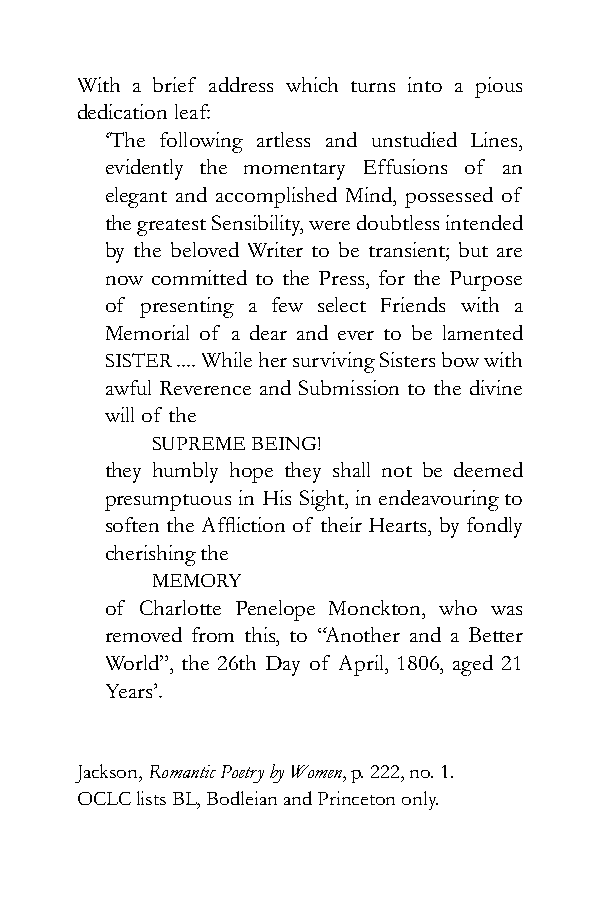
With a brief address which turns into a pious
 dedication leaf:
 ‘The following artless and unstudied Lines,
 evidently the momentary Effusions of an
 elegant and accomplished Mind, possessed of
 the greatest Sensibility, were doubtless intended
 by the beloved Writer to be transient; but are
 now committed to the Press, for the Purpose
 of presenting a few select Friends with a
 Memorial of a dear and ever to be lamented
 SISTER .... While her surviving Sisters bow with
 awful Reverence and Submission to the divine
 will of the
 SUPREME BEING!
 they humbly hope they shall not be deemed
 presumptuous in His Sight, in endeavouring to
 soften the Affliction of their Hearts, by fondly
 cherishing the
 MEMORY
 of Charlotte Penelope Monckton, who was
 removed from this, to “Another and a Better
 World”, the 26th Day of April, 1806, aged 21
 Years’.
 Jackson, Romantic Poetry by Women, p. 222, no. 1.
 OCLC lists BL, Bodleian and Princeton only.